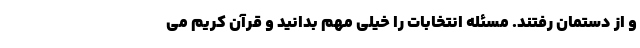
و از دستمان رفتند. مسئله انتخابات را خیلی مهم بدانید و قرآن کریم می